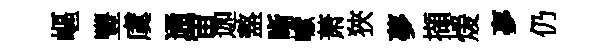
嶇豐虞通宙迦盩晰巘萧狹夢擷煖夣仍